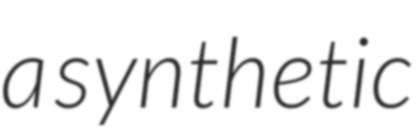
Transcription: a synthetic